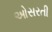
ઓસરતી